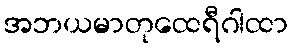
အဘယမာတုထေရီဂါထာ